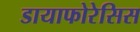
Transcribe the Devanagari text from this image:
डायाफोरेसिस